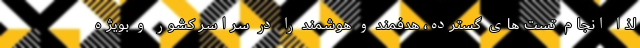
لذا انجام تست های گسترده، هدفمند و هوشمند را در سراسر کشور و بویژه